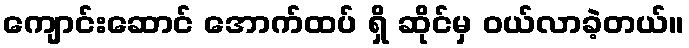
ကျောင်းဆောင် အောက်ထပ် ရှိ ဆိုင်မှ ဝယ်လာခဲ့တယ်။